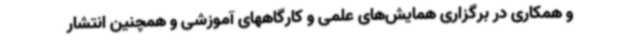
و همکاری در برگزاری همایش‌های علمی و کارگاههای آموزشی و همچنین انتشار